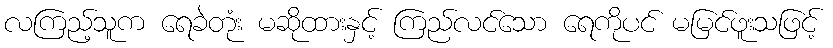
လကြည့်သူက ရေခဲတုံး မဆိုထားနှင့် ကြည်လင်သော ရေကိုပင် မမြင်ဖူးသဖြင့်